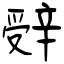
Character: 辤